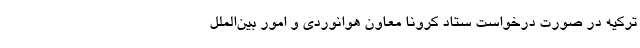
ترکیه در صورت درخواست ستاد کرونا معاون هوانوردی و امور بین‌الملل